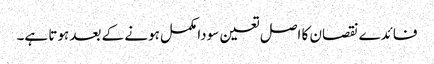
فائدے نقصان کا اصل تعین سودا مکمل ہونے کے بعد ہوتا ہے۔